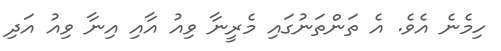
ހިމެނެ އެވެ. އެ ތަންތަނުގައި މެރީނާ ވިއު އާއި އިނާ ވިއު އަދި